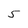
Character: 5